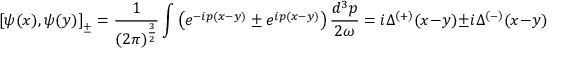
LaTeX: \left[ \psi ( x ) , \psi ( y ) \right] _ { \pm } = \frac { 1 } { ( 2 \pi ) ^ { \frac { 3 } { 2 } } } \int \left( e ^ { - i p ( x - y ) } \pm e ^ { i p ( x - y ) } \right) \frac { d ^ { 3 } p } { 2 \omega } = i \Delta ^ { \left( + \right) } ( x - y ) \pm i \Delta ^ { \left( - \right) } ( x - y )